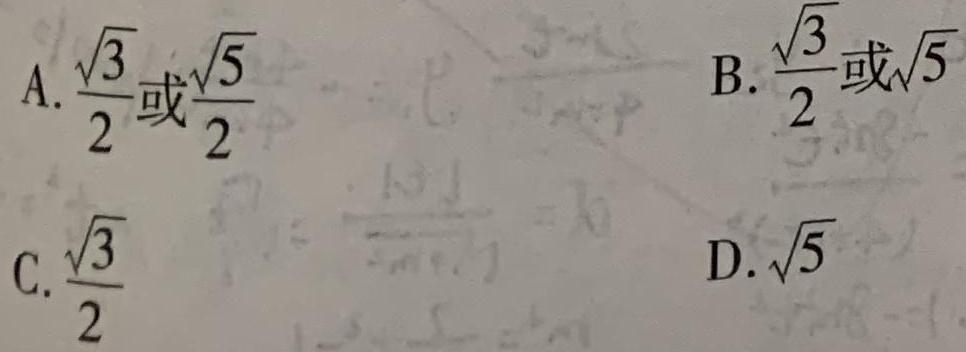
A. $\frac{\sqrt{3}}{2}$或$\frac{\sqrt{5}}{2}$
B. $\frac{\sqrt{3}}{2}$或$\sqrt{5}$
C. $\frac{\sqrt{3}}{2}$
D. $\sqrt{5}$